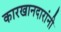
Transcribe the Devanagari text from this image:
कारखानदारांनी